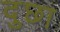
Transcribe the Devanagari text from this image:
दुछा